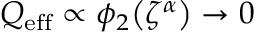
Q _ { \mathrm { e f f } } \propto \phi _ { 2 } \mathopen { } \mathclose \bgroup \left( \zeta ^ { \alpha } \aftergroup \egroup \right) \rightarrow 0